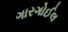
ગારગોઈલ